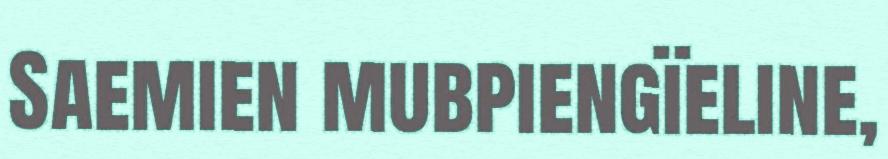
Saemien mubpiengïeline,